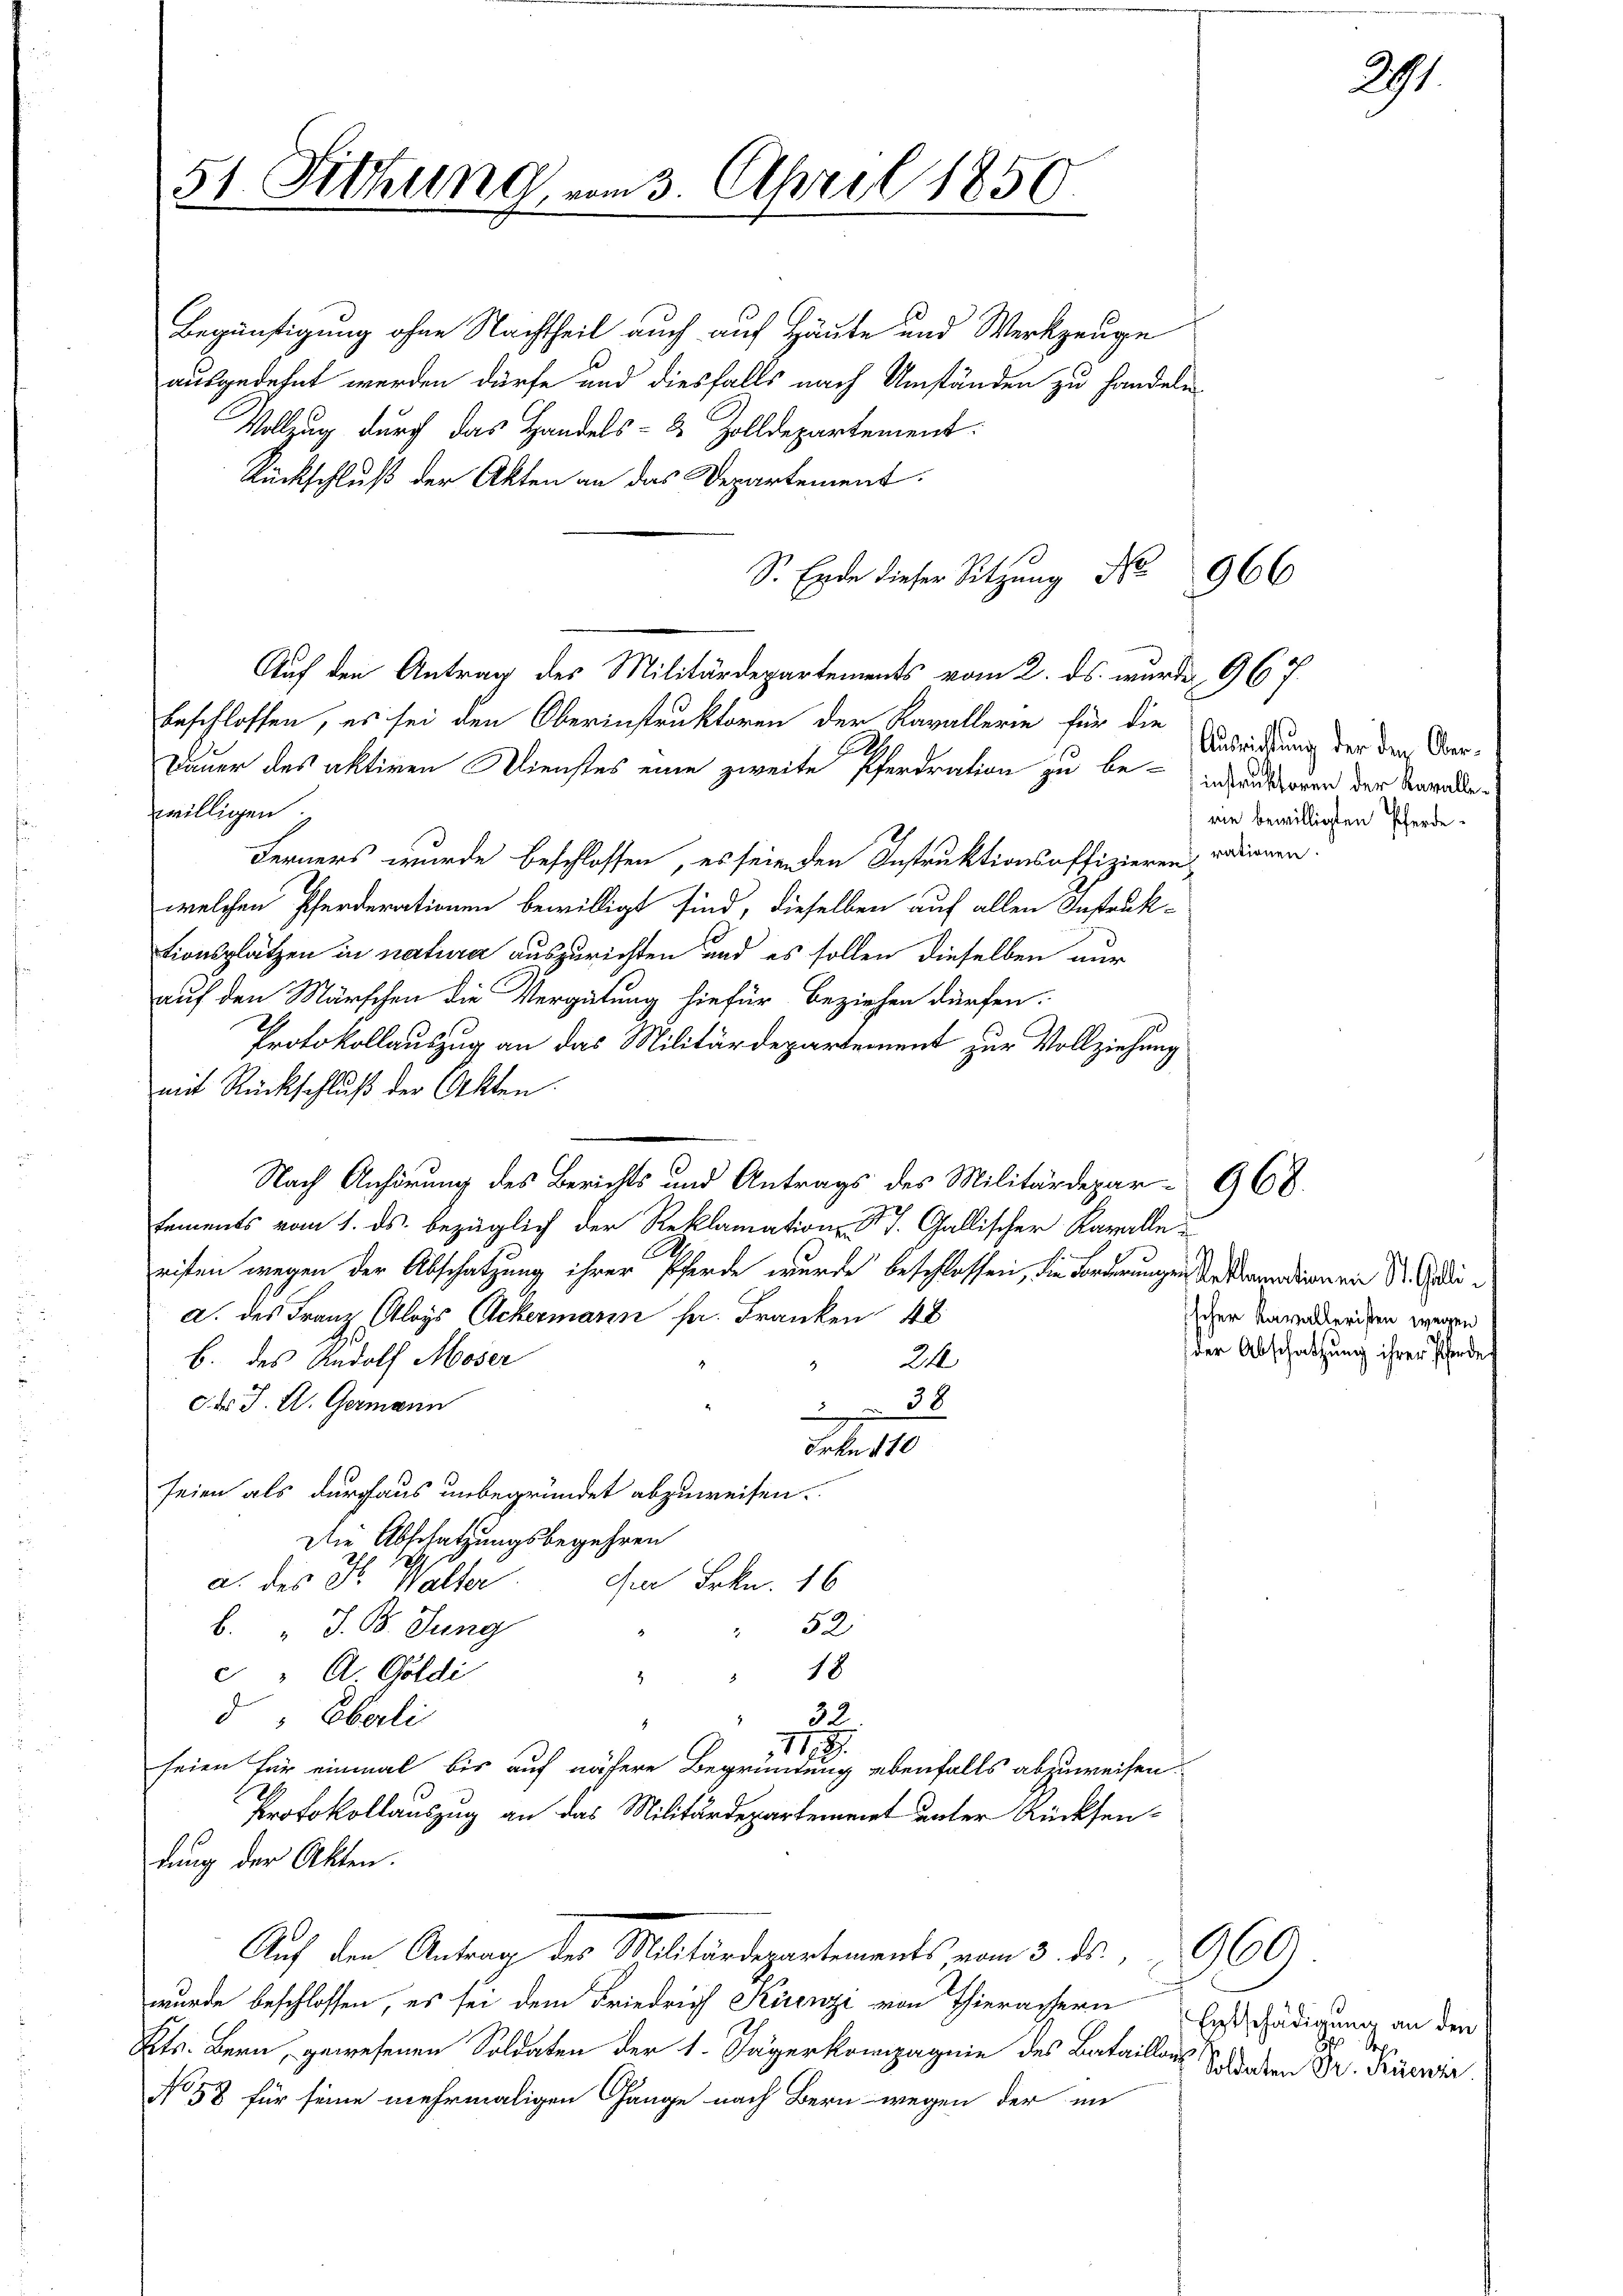
51. Fethung vom 3. April 1850

Begünstigung ohne Nachtheil auch auf Häute und Werkzeuge
ausgedehnt werden dürfe und diesfalls nach Umständen zu handeln
Vollzug durch das Handels- & Zolldepartement
Rückschluß der Akten an das Departement.
beschlossen, es sei den Oberinstruktoren der Kavallerin für die
Dauer des aktiven Dienstes eine zweite Pferdration zu be- und autoren der Verwadewilligen
Ferners wurde beschlossen, es seienden Instruktionsoffizieren radienen.
welchen Pferderationen bewilligt sind, dieselben auf allen Instruk-
tionsplätzen in naturer auszurichten und es sollen dieselben nur
auf den Märschen die Vergütung hiefür beziehen dürfen.
Protokollauszug an das Militärdepartement zur Vollziehung
mit Rückschluß der Akten.
Nach Anhörung des Berichts und Antrags des Militärdepar- 968
sements vom 1. ds. bezüglich der Reklamation d. J. Gallischer Karalle u
E
riften wegen der Abschatzung ihrer Pferde wurde beschlossen, die Forderungen Anstandienen St. Gadea. des Franz Aloys Ackermann fr. Franken 48
b. des Rudolf Moser
24
5
c. der J. A. Germann
38
Frkn. 110
seien als durchaus unbegründet abzuweisen.
Die Abschatzungsbegehren
S
a. des Fr. Walter
cier Frkn. 16
 52
b. " J. B. Jung
4
18
" A. Goldi
3
32.
d" Eberli
2.
2
1119.
seien für einmal bis auf nähere Begründung ebenfalls abzuweisen.
Protokollauszug an das Militärdepartement unter Rücksendung der Akten.
Auf den Antrag des Militärdepartements, vom 3. ds. 960
wurde beschlossen, es sei dem Friedrich Kirenzi von Thierachern
Kts. Bern, gewesenen Soldaten der 1. Jägerkompagnie des Bataillor
No 58 für seine mehrmaligen Gange nach Bern wegen der im

Auf den Antrag des Militärdepartements vom 2. ds. wurde 967.

Sr. Erde dieser Sitzung de

966

Ausrichtung der den Oberrie bewilligten Pferde.

scher Kavalleristen wegen
der Abschatzung ihrer Pferde

291

Entschädigung an den
Sope
Soldaten Dr. Rüenzi